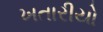
ખતારીયો